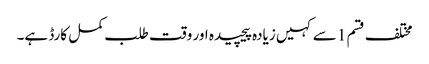
مختلف قسم 1 سے کہیں زیادہ پیچیدہ اور وقت طلب کمل کارڈ ہے۔